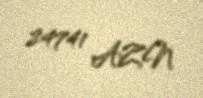
24741 AZN